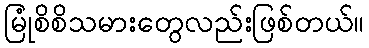
မြုံစိစိသမားတွေလည်းဖြစ်တယ်။